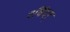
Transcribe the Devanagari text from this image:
रविंदर्